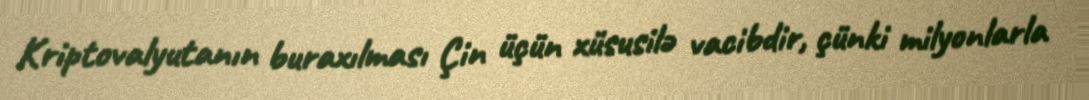
Kriptovalyutanın buraxılması Çin üçün xüsusilə vacibdir, çünki milyonlarla